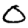
Digit: 0